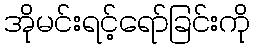
အိုမင်းရင့်ရော်ခြင်းကို